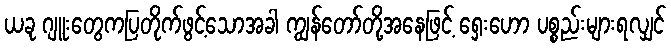
ယခု ဂျူးတွေကပြတိုက်ဖွင့်သောအခါ ကျွန်တော်တို့အနေဖြင့် ရှေးဟော ပစ္စည်းများရလျှင်